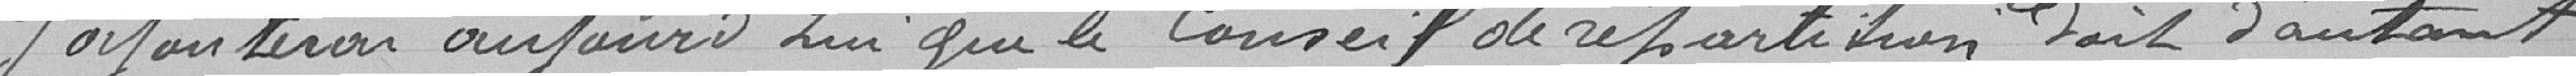
J'ajouterais aujourd'hui que le Conseil de répartition fait d'autant